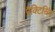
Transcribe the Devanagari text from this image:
प्रैक्टिसिंग